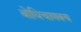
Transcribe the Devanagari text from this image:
बोधिचाणक्य